Vana-Antsla_vallavalitsus, lk 84
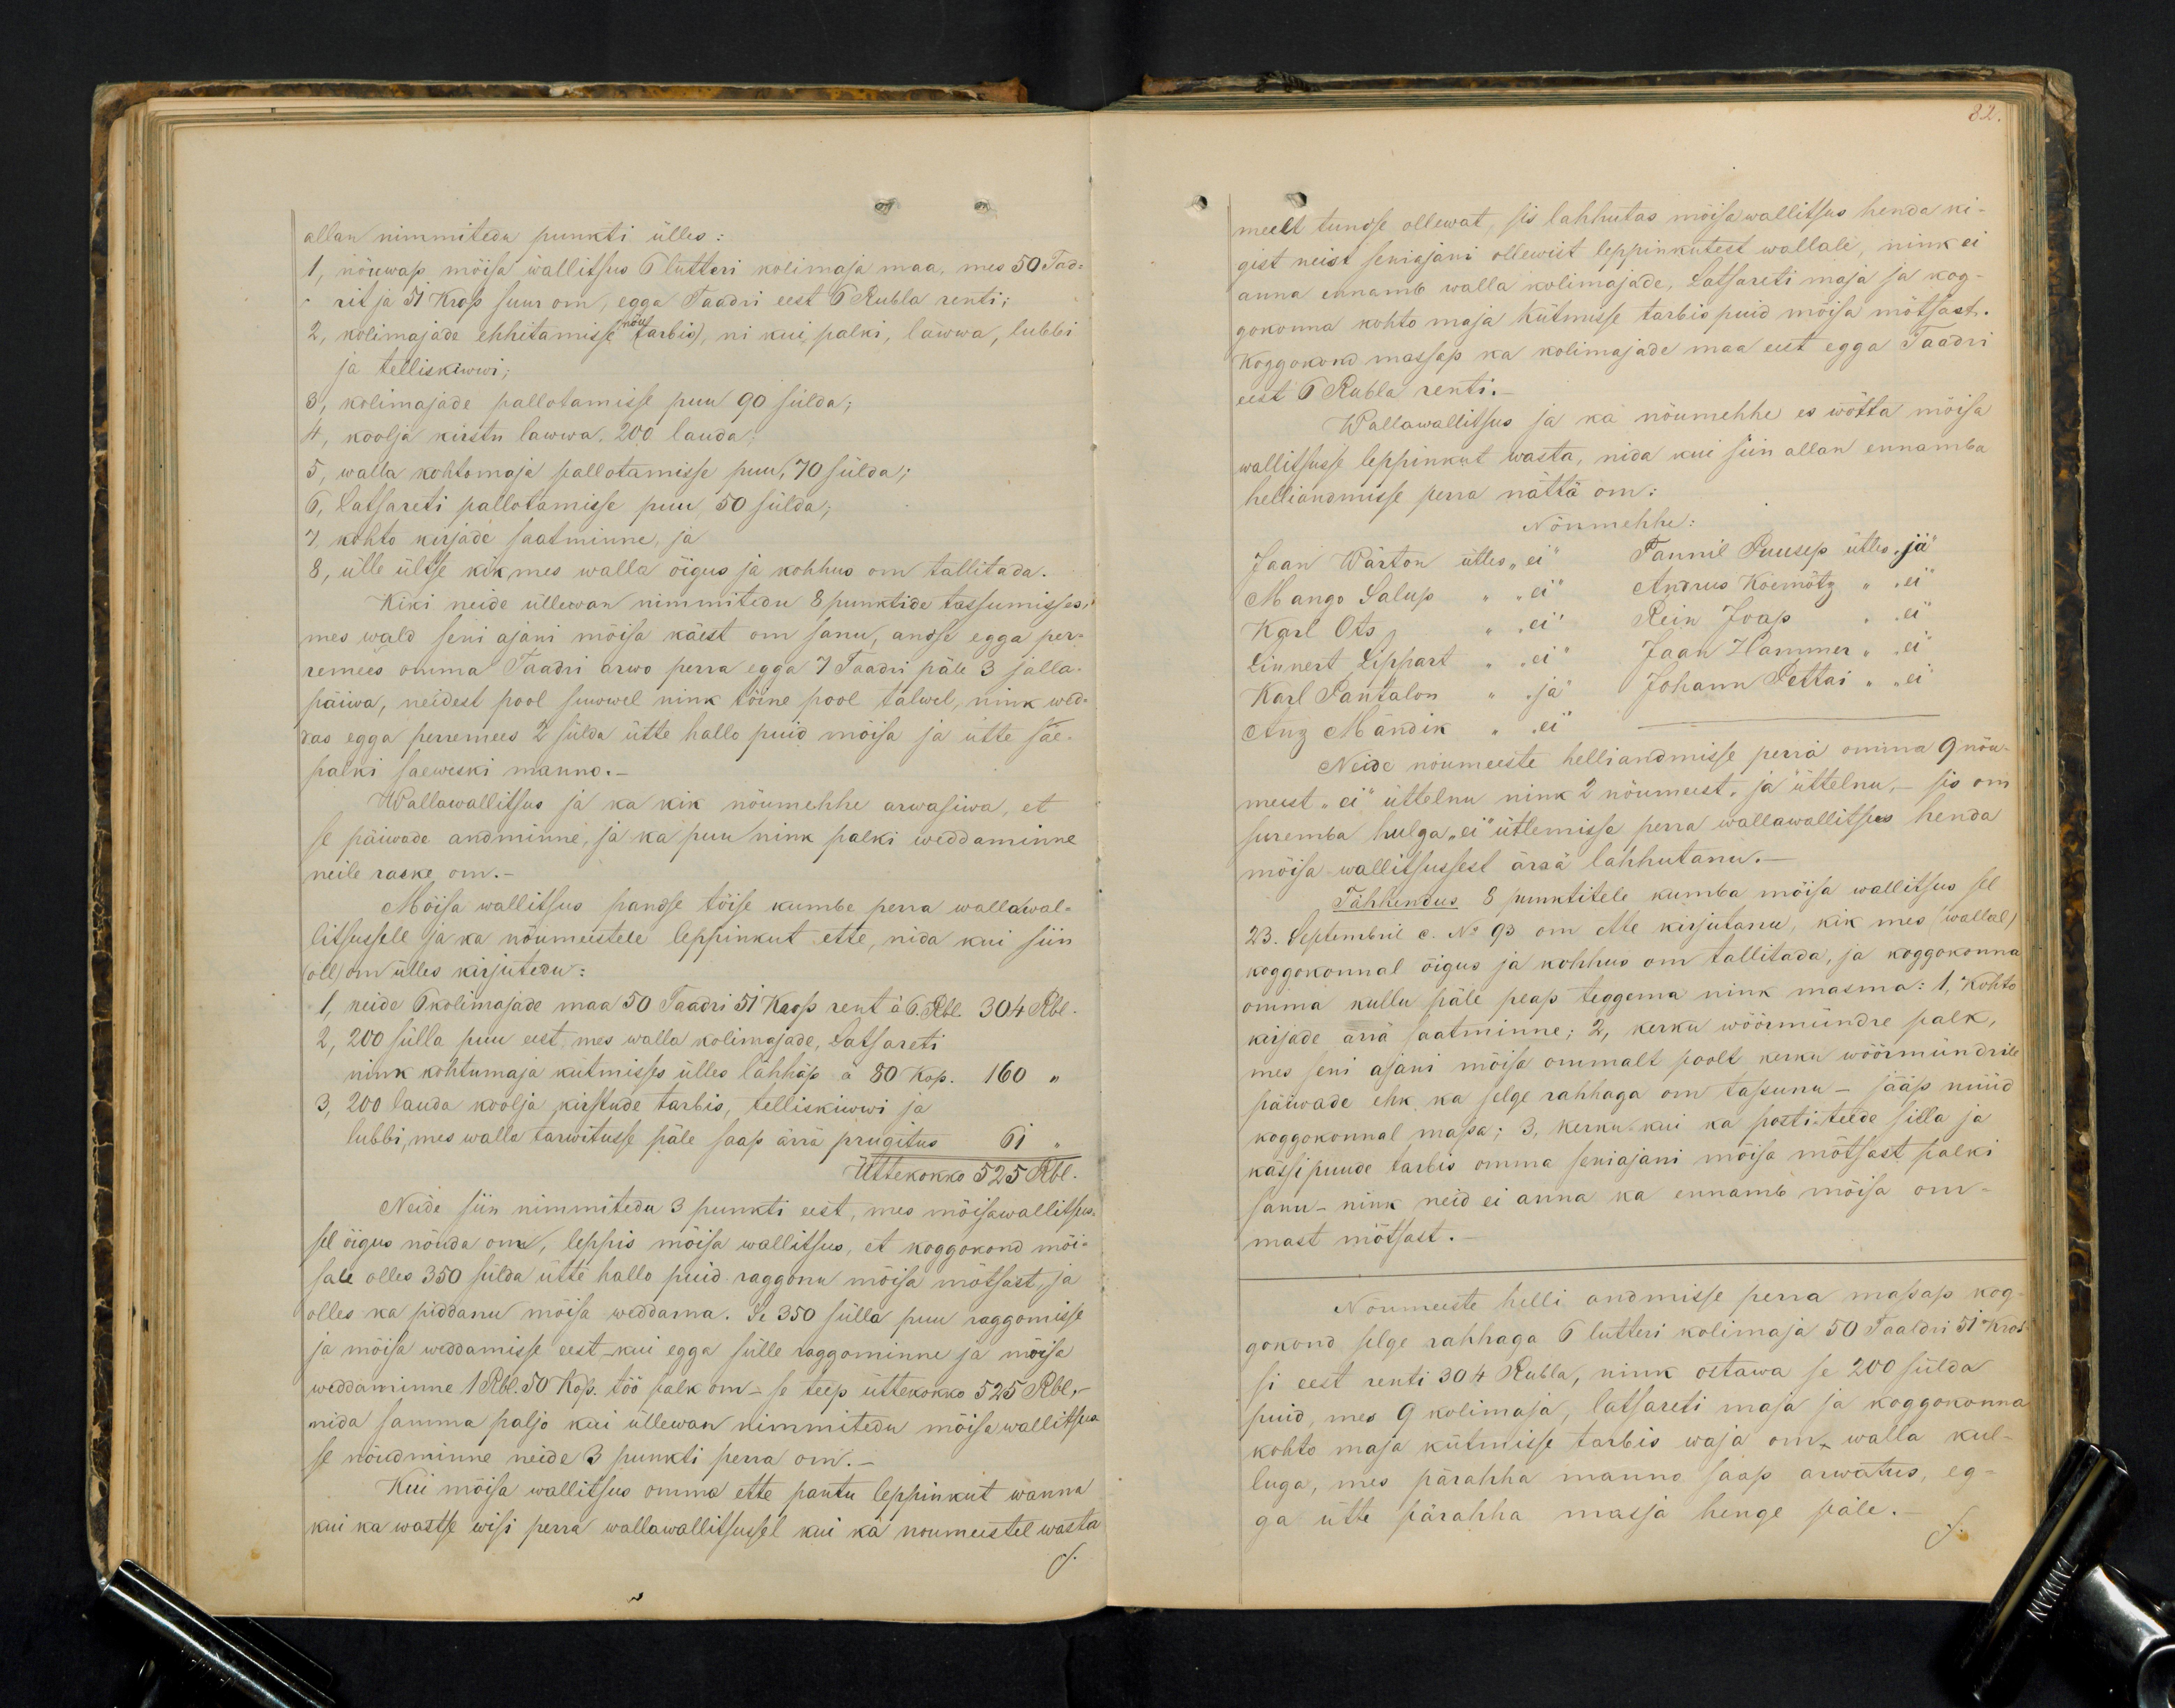
allan nimmitedu punkti ülles:
1, nöuwap möisa wallitsus 6 luteri kolimaja maa, mes 50 Tad-
rit ja 51 Kross suur on, egga Taadri eest 6 Rubla renti;
2, kolimajade ehhitamisse nöu(tarbis), nii kui palki, läwwa, lubbi
ja telliskiwi;
3, kolimajade pallotamisse puu 90 sülda;
4, koolja kirstu lawwa, 200 lauda.
5, walla kohtomaja pallotamisse puu, 70 sülda;
6, Latsareti pallotamisse puu, 50 sülda;
7, kohto kirjade saatminne, ja
8, ülle ültse kik mes walla õigus ja kohhus om tallitada.
Kiki neide üllewan nimmitedu 8 punktide tassumisses
mes wald seni ajani mõisa käest om sanu, andse egga per-
remees omma Taadri arwo perra egga 7 Taadri päle 3 jalla-
päiwa, neidest pool suwwel nink töine pool talwel, nink wed-
das egga peremees 2 sülda ütte hallo puid mõisa ja ühte sae-
palki saeweski manno.-
Wallawallitsus ja ka kik nõumehhe arwasiwa, et
se päiwade andminne, ja ka puu nink palki weddaminne
neile raske om.
Mõisa wallitsus pandse töise kumbe perra wallawal-
litsusele ja ka nõumeestele leppinkut ette, nida kui siin
(oll) om ülles kirjutedu:
1, neide 6 kolimajade maa 50 Taadri 51 Kross rent à 6 rbl. 304 Rbl.
2, 200 sülla puu eest, mes walla kolimajade, Latsareti
nink kohtumaja kütmisses ülles lähhäp à 80 kop. 160 "
3, 200 lauda koolja kirstude tarbis, telliskiwi ja
lubbi, mes walla tarwitusse päle saap ärrä prugitus.
61 "
Üttekokko 525 Rbl.
Neide siin nimmitedu 3 punkti eest, mes mõisawallitsus
sel öigus nõuda om, leppis mõisa wallitsus, et koggokond mõi-
sale olles 350 sülda ütte hallo puid raggonu mõisa mõtsast, ja
olles ka piddanu mõisa weddama. Se 350 sülla puu raggomisse
ja mõisa weddamisse eest kui egga sülle raggominne ja mõisa
weddamine 1 Rbl. 50 kop. töö palk om-se teep üttekokko 525 Rbl,
nida samma paljo kui üllewan nimmitedu mõisa wallitsus-
se nõudminne neide 3 punkti perra om.
Kui mõisa wallitsus omma ette pantu leppinkut wanna
kui ka wastse wisi perra wallawallitsussel kui ka noumeestel wasta

82
meelt tundse ollewat, sis lahhutas mõisawallitsus henda ni-
gist neist seniajani ollewist leppinkutest wallale, nink ei
anna ennamb walla kolimajade, Latsareti maja ja kog-
gokonna kohto maja kütmisse tarbis puid mõisa mötsast.
Koggokond massap ka kolimajade maa eest egga Taadri
eest 6 Rubla renti.
Wallawallitsus ja ka nöumehhe es wõtta mõisa
wallitsusse leppinkut wasta, nida kui siin allan ennamba
helliandmisse perra nättä om:
Nöumehhed
Jaan Wärton ütles "ei" Tannil Puusep ütles, "ja"
Mango Salup " "ei" Andrus Koemõtz " "ei"
Karl Ots " "ei" Rein Joap " "ei"
Linnert Lippart " "ei" Jaan Hammer " "ei"
Karl Pantalion " "ja" Johann Pettai " "ei"
Anz Mändik " "ei"
Neide nõumeeste helliandmisse perra omma 9 nöu-
meest "ei" üttelnu nink 2 nöumeest, ja" üttelnu,-  sis om
suremba hulga "ei" ütlemisse perra wallawallitsus henda
mõisa wallitsussest ärrä lahhutanu.-
Tähhendus 8 punktitele kumba mõisa wallitsus sel
23. Septembril c. No: 93 om ette kirjutanu, kik mes (wallal)
koggokonnal õigus ja kohhus on tallitada, ja koggokonna
omma kullu päle peap teggema nink masma: 1, kohto
kirjade ärra saatminne; 2, kerku wöörmündre palk,
mes seni ajani mõisa ommalt poolt kerku wöörmündrile
päiwade ehk ka selge rahhaga om tassunu - jääp nüüd
koggokonnal massa; 3, kerku-kui ka posti-teede silla ja
kässipuude tarbis omma seniajani mõisa mõtsast palki
sanu - nink neid ei anna ka ennamb mõisa om-
mast mõtsast.
Nõumeeste helli andmisse perra massap kog-
gokond selge rahhaga 6 luteri kolimaja 50 Taaldri 51 kros-
si eest renti 304 Rubla, nink ostawa se 200 sülda
puid, mes 9 kolimaja, latsareti maja ja koggokonna
kohto maja kütmisse tarbis waja om, walla kul-
luga, mis pärahha manno saap arwatus, eg-
ga ütte pärahha masja henge päle.